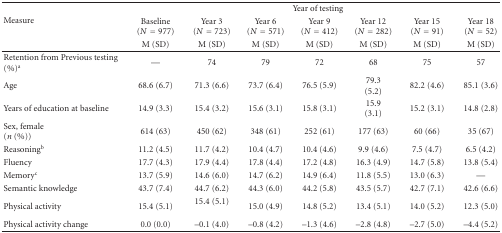
| <ROWSPAN=3> Measure | <COLSPAN=7> Year of testing |
 | Baseline(N = 977) | Year 3 (N = 723) | Year 6 (N = 571) | Year 9 (N = 412) | Year 12(N = 282) | Year 15 (N = 91) | Year 18(N = 52) |
 | M (SD) | M (SD) | M (SD) | M (SD) | M (SD) | M (SD) | M (SD) |
 | --- | --- | --- | --- | --- | --- | --- | --- |
 | Retention from Previous testing (%)a | — | 74 | 79 | 72 | 68 | 75 | 57 |
 | Age | 68.6 (6.7) | 71.3 (6.6) | 73.7 (6.4) | 76.5 (5.9) | 79.3 (5.2) | 82.2 (4.6) | 85.1 (3.6) |
 | Years of education at baseline | 14.9 (3.3) | 15.4 (3.2) | 15.6 (3.1) | 15.8 (3.1) | 15.9 (3.1) | 15.2 (3.1) | 14.8 (2.8) |
 | Sex, female (n (%)) | 614 (63) | 450 (62) | 348 (61) | 252 (61) | 177 (63) | 60 (66) | 35 (67) |
 | Reasoningb | 11.2 (4.5) | 11.7 (4.2) | 10.4 (4.7) | 10.4 (4.6) | 9.9 (4.6) | 7.5 (4.7) | 6.5 (4.2) |
 | Fluency | 17.7 (4.3) | 17.9 (4.4) | 17.8 (4.4) | 17.2 (4.8) | 16.3 (4.9) | 14.7 (5.8) | 13.8 (5.4) |
 | Memoryc | 13.7 (5.9) | 14.6 (6.0) | 14.7 (6.2) | 14.9 (6.4) | 11.8 (5.5) | 13.0 (6.3) | — |
 | Semantic knowledge | 43.7 (7.4) | 44.7 (6.2) | 44.3 (6.0) | 44.2 (5.8) | 43.5 (5.7) | 42.7 (7.1) | 42.6 (6.6) |
 | Physical activity | 15.4 (5.1) | 15.4 (5.1) | 15.0 (4.9) | 14.8 (5.2) | 13.4 (5.1) | 14.0 (5.2) | 12.3 (5.0) |
 | Physical activity change | 0.0 (0.0) | –0.1 (4.0) | –0.8 (4.2) | –1.3 (4.6) | –2.8 (4.8) | –2.7 (5.0) | –4.4 (5.2) |